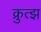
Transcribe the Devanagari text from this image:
क्रुत्झ